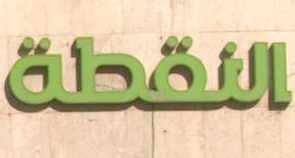
النقطة